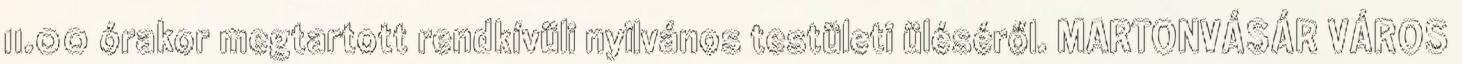
11.00 órakor megtartott rendkívüli nyilvános testületi üléséről. MARTONVÁSÁR VÁROS